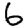
Digit: 6